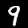
Digit: 9